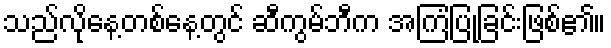
သည်လိုနေ့တစ်နေ့တွင် ဆီကွမ်ဘီက အကြံပြုခြင်းဖြစ်၏။